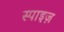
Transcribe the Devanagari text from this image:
स्पाइज़